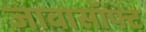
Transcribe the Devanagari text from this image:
जावासॉफ्ट